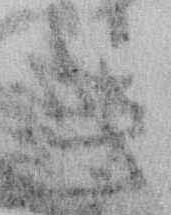
き